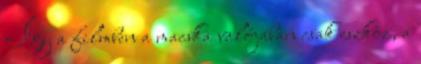
Így a filmben a macska valójában csak eszköz, a